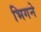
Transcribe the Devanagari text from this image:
भिगने